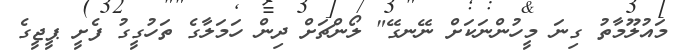
މައުލޫމާތު ގިނަ މީހުންނަކަށް ނޭނގޭ" ލޯންޗަށް ދިން ހަމަލާގެ ތަހުގީގު ފެށީ ޕީޖީގެ